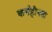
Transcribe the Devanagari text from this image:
कर्महीनता